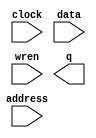
module ahf_ram1 (
	address,
	clock,
	data,
	wren,
	q);

	input	[9:0]  address;
	input	  clock;
	input	[13:0]  data;
	input	  wren;
	output	[13:0]  q;
`ifndef ALTERA_RESERVED_QIS
// synopsys translate_off
`endif
	tri1	  clock;
`ifndef ALTERA_RESERVED_QIS
// synopsys translate_on
`endif

endmodule